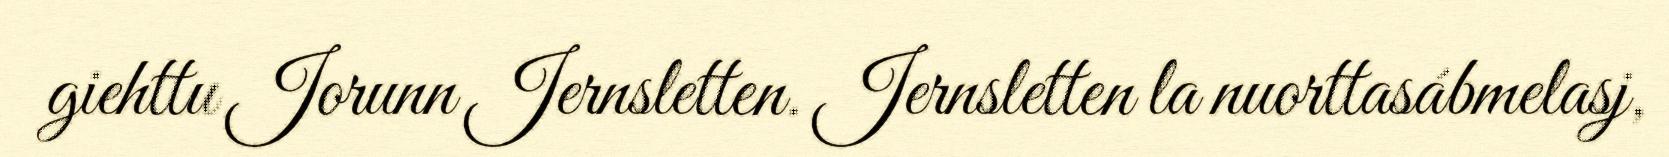
giehttu Jorunn Jernsletten. Jernsletten la nuorttasábmelasj,